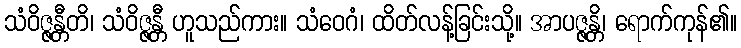
သံဝိဇ္ဇန္တီတိ၊ သံဝိဇ္ဇန္တီ ဟူသည်ကား။ သံဝေဂံ၊ ထိတ်လန့်ခြင်းသို့။ အာပဇ္ဇန္တိ၊ ရောက်ကုန်၏။